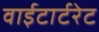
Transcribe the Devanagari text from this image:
वाईटार्टरेट